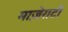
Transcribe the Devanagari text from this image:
माज़ेराटी